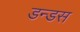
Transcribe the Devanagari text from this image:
डन्डस